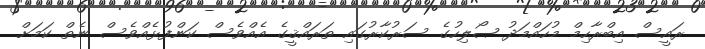
ރައީސް އިބްރާހިމް މުހައްމަދު ޞޯލިހުގެ ސަރުކާރުގައި ތަރައްޤީގެ އެއްވެސް ކަންފުޅެއްވެސް ނެތް ކަމަށް